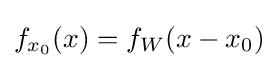
f_{x_{0}}(x)=f_{W}(x-x_{0})